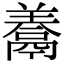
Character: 𩱀